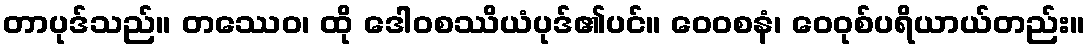
တာပုဒ်သည်။ တဿေဝ၊ ထို ဒေါဝစဿိယံပုဒ်၏ပင်။ ဝေဝစနံ၊ ဝေဝုစ်ပရိယာယ်တည်း။